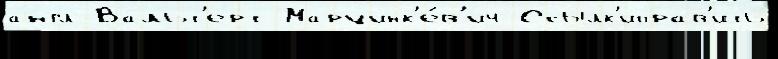
англ Вальт'ерт Марцинк'е́в'ич Ссылк'иправ'ить